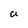
Character: U